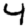
Digit: 4